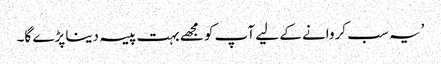
’یہ سب کروانے کے لیے آپ کو مجھے بہت پیسہ دینا پڑے گا۔